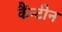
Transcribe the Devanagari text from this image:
कैंन्टीन